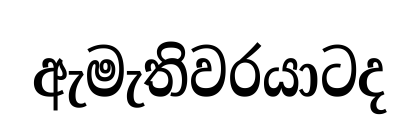
ඇමැතිවරයාටද